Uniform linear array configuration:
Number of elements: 32
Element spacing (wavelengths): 0.75
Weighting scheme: exponential
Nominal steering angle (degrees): -15
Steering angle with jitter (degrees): -13.055
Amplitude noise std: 0.05
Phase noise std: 0.05

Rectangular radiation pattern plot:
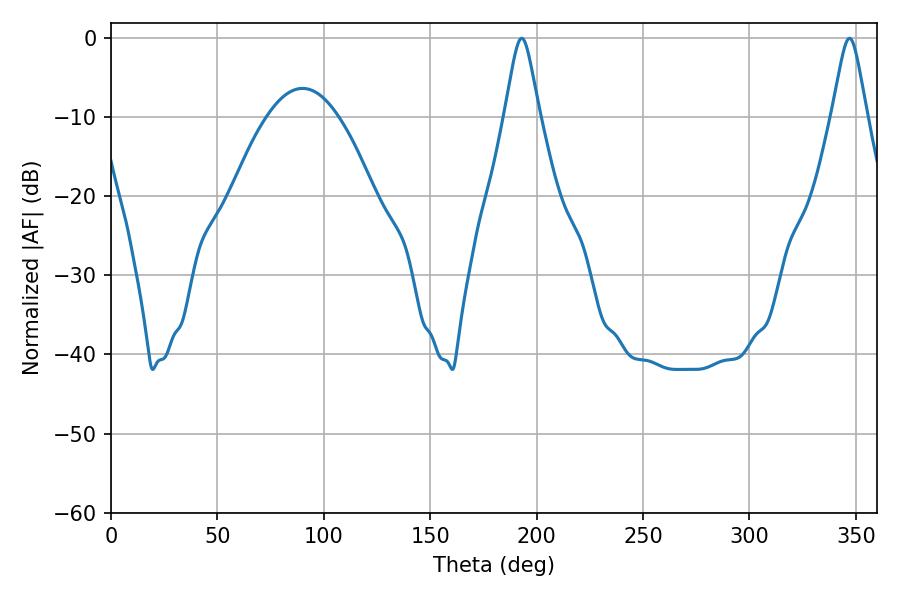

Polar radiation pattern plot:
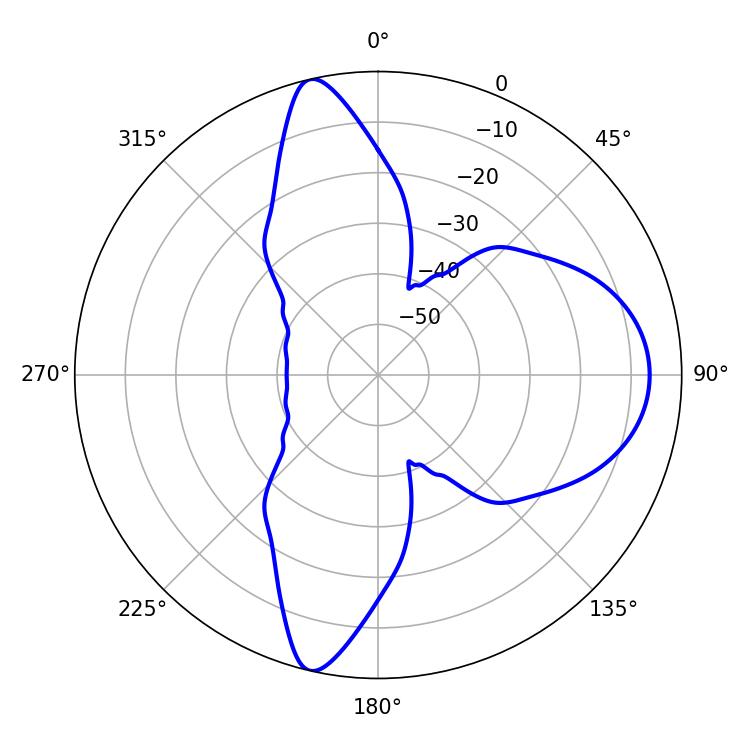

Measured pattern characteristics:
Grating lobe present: TRUE
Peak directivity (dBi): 15.438
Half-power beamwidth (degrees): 7.74
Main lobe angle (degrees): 192.96